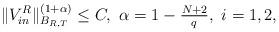
LaTeX: \begin{align*}\|V_{in}^R\|^{(1+\alpha)}_{B_{R,T}}\leq C,\ \mbox{$\alpha=1-\frac{N+2}{q}$},\ i=1,2,\end{align*}